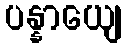
ပန္နာယျေ